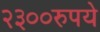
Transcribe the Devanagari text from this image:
२३००रुपये